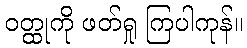
ဝတ္ထုကို ဖတ်ရှု ကြပါကုန်။